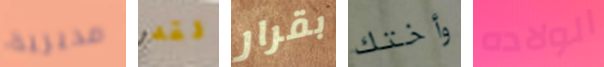
مديرية لقد بقرار وأختك الولاده